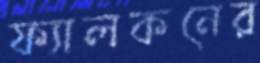
ফ্যালকনের